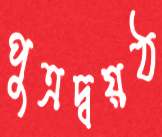
পুত্রদ্বয়ঠ